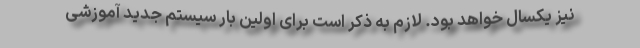
نیز یکسال خواهد بود. لازم به ذکر است برای اولین بار سیستم جدید آموزشی